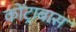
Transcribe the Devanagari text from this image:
कोंट्राबास